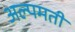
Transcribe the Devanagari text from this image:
अल्पमती